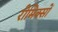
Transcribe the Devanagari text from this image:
रीमिक्सों